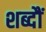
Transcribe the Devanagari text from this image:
शब्दौं